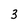
Character: 3